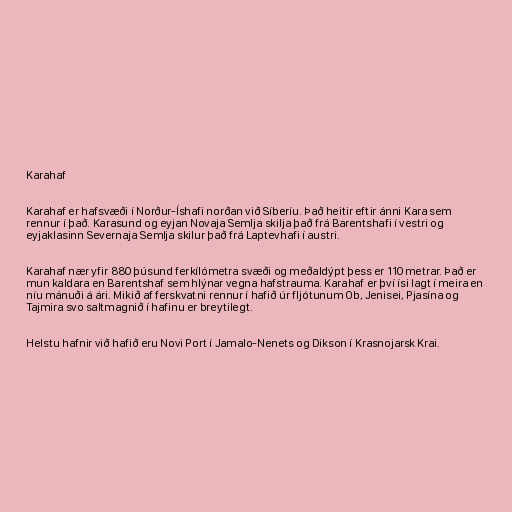
Karahaf

Karahaf er hafsvæði í Norður-Íshafi norðan við Síberíu. Það heitir eftir ánni Kara sem
rennur í það. Karasund og eyjan Novaja Semlja skilja það frá Barentshafi í vestri og
eyjaklasinn Severnaja Semlja skilur það frá Laptevhafi í austri.

Karahaf nær yfir 880 þúsund ferkílómetra svæði og meðaldýpt þess er 110 metrar. Það er
mun kaldara en Barentshaf sem hlýnar vegna hafstrauma. Karahaf er því ísi lagt í meira en
níu mánuði á ári. Mikið af ferskvatni rennur í hafið úr fljótunum Ob, Jenisei, Pjasína og
Tajmira svo saltmagnið í hafinu er breytilegt.

Helstu hafnir við hafið eru Novi Port í Jamalo-Nenets og Dikson í Krasnojarsk Krai.